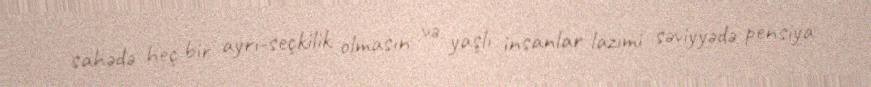
sahədə heç bir ayrı-seçkilik olmasın və yaşlı insanlar lazımi səviyyədə pensiya